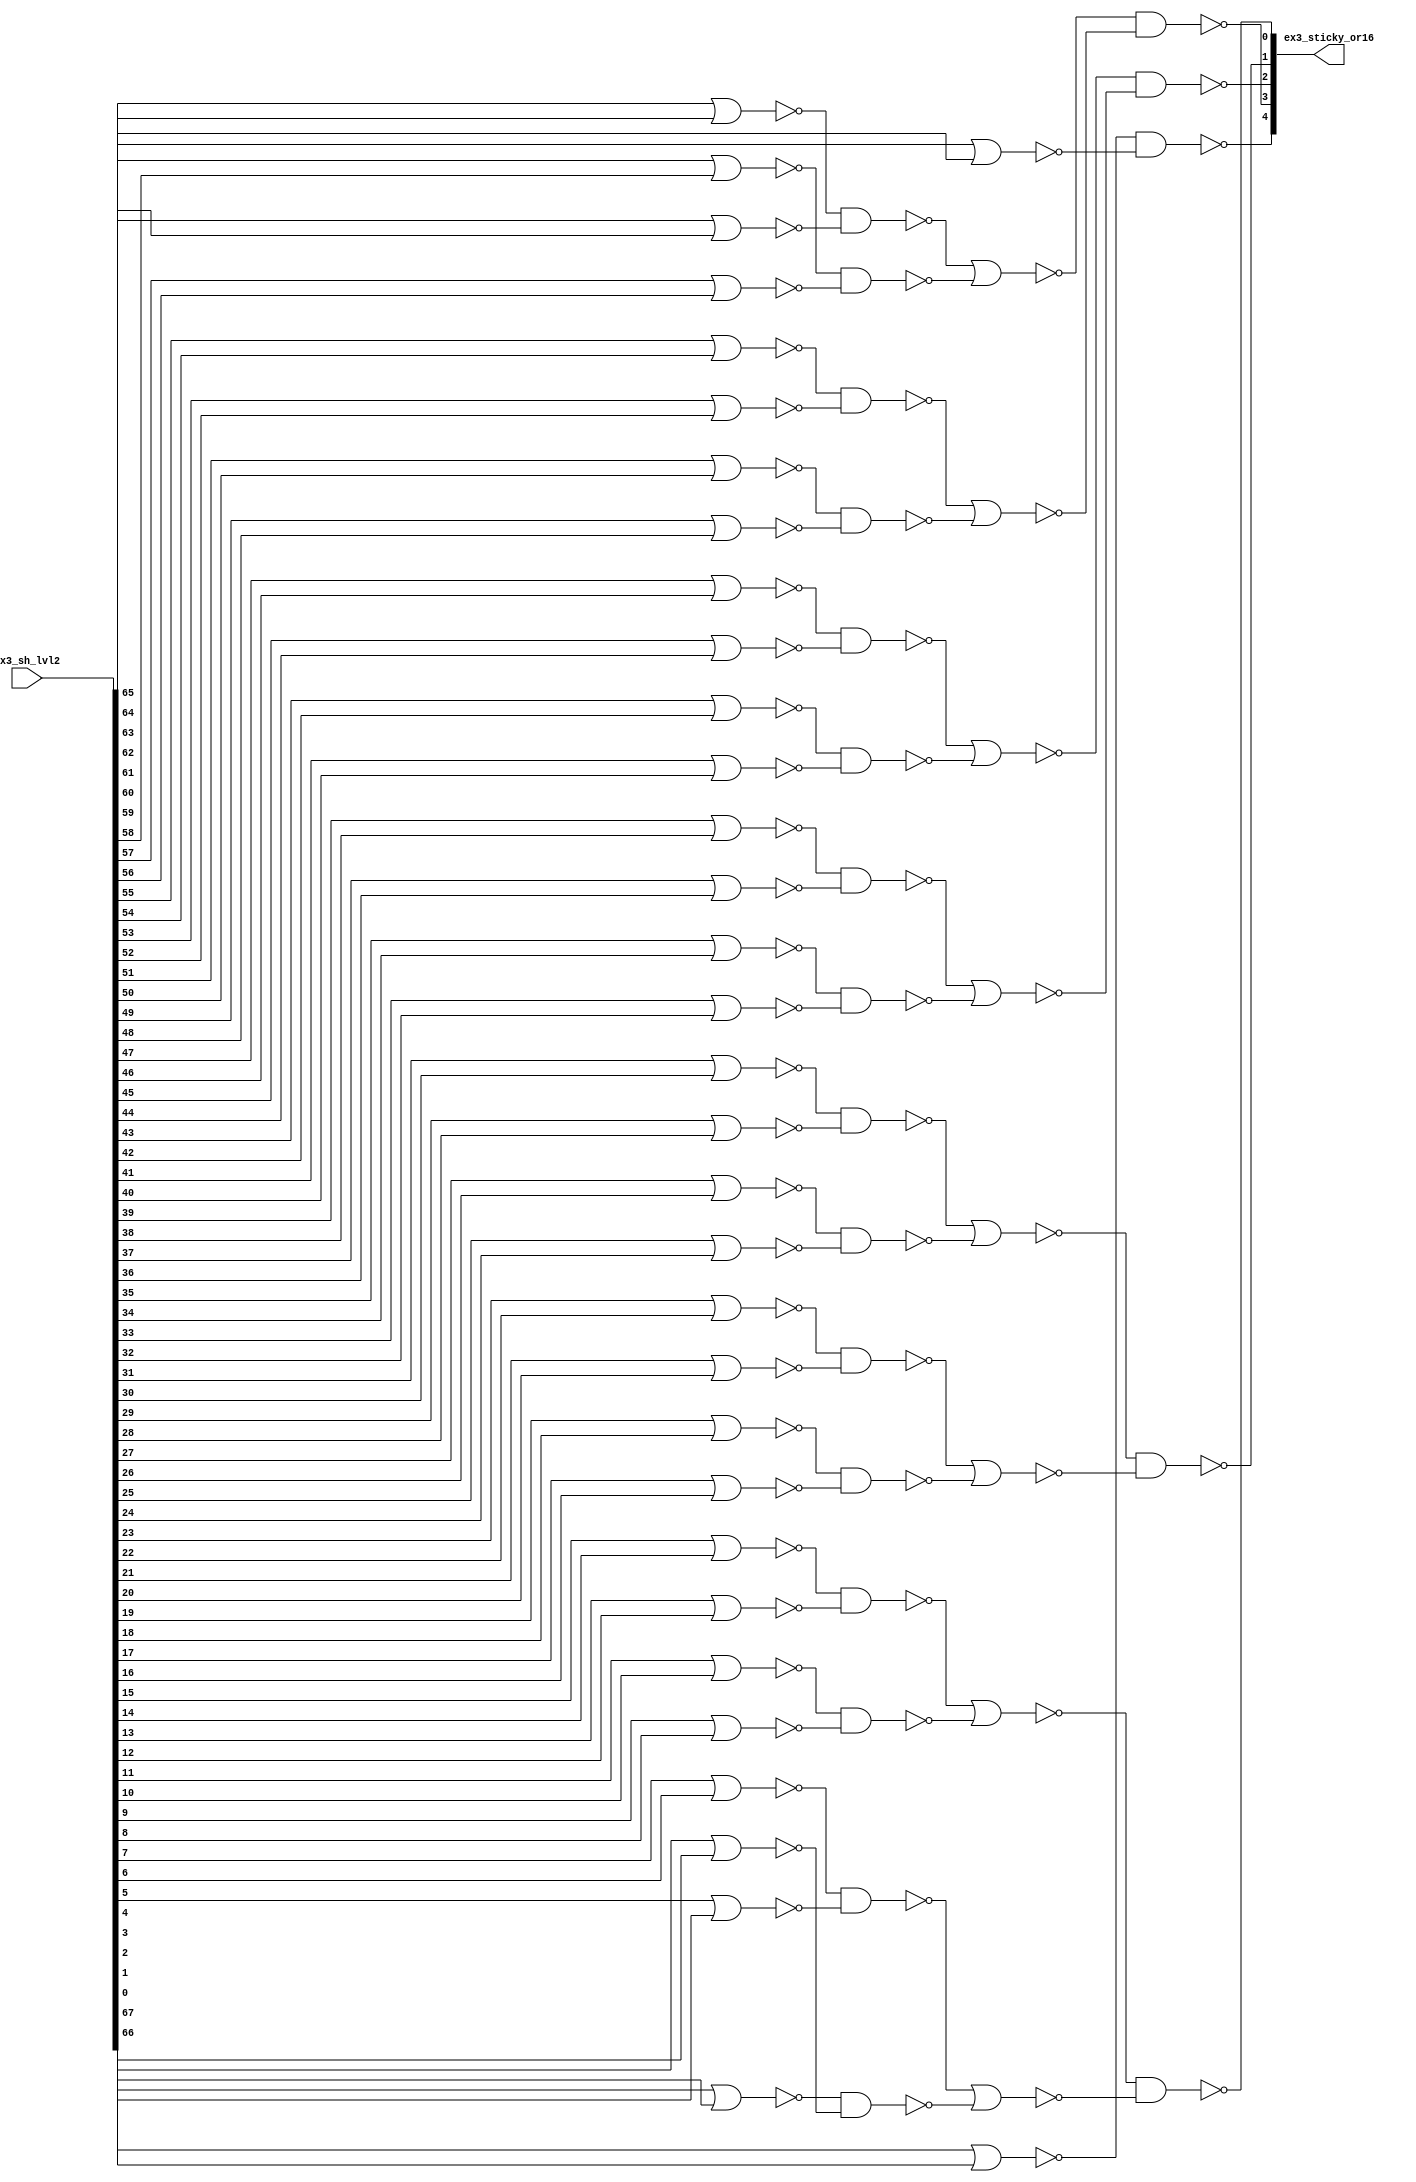
module fu_alg_or16(
   ex3_sh_lvl2,
   ex3_sticky_or16
);
   input [0:67] ex3_sh_lvl2;
   output [0:4] ex3_sticky_or16;

   // ENTITY


   parameter    tiup = 1'b1;
   parameter    tidn = 1'b0;
   wire [0:7]   ex3_g1o2_b;
   wire [0:7]   ex3_g2o2_b;
   wire [0:7]   ex3_g3o2_b;
   wire [0:7]   ex3_g4o2_b;
   wire [0:3]   ex3_g1o4;
   wire [0:3]   ex3_g2o4;
   wire [0:3]   ex3_g3o4;
   wire [0:3]   ex3_g4o4;
   wire [0:1]   ex3_g0o8_b;
   wire [0:1]   ex3_g1o8_b;
   wire [0:1]   ex3_g2o8_b;
   wire [0:1]   ex3_g3o8_b;
   wire [0:1]   ex3_g4o8_b;
   wire [0:4]   ex3_o16;
   wire [0:4]   ex3_o16_b;


   //----------------------------------------------------------
   // UnMapped original equations
   //----------------------------------------------------------
   //  ex3_sticky_or16(4) <=  OR( ex3_sh_lvl2[52:67] );
   //  ex3_sticky_or16(3) <=  OR( ex3_sh_lvl2[36:51] );
   //  ex3_sticky_or16(2) <=  OR( ex3_sh_lvl2[20:35] );
   //  ex3_sticky_or16(1) <=  OR( ex3_sh_lvl2[ 4:19] );
   //  ex3_sticky_or16(0) <=  OR( ex3_sh_lvl2[ 0: 3] );
   //---------------------------------------------------------
   assign ex3_g1o2_b[0] = (~(ex3_sh_lvl2[4] | ex3_sh_lvl2[5]));
   assign ex3_g1o2_b[1] = (~(ex3_sh_lvl2[6] | ex3_sh_lvl2[7]));
   assign ex3_g1o2_b[2] = (~(ex3_sh_lvl2[8] | ex3_sh_lvl2[9]));
   assign ex3_g1o2_b[3] = (~(ex3_sh_lvl2[10] | ex3_sh_lvl2[11]));
   assign ex3_g1o2_b[4] = (~(ex3_sh_lvl2[12] | ex3_sh_lvl2[13]));
   assign ex3_g1o2_b[5] = (~(ex3_sh_lvl2[14] | ex3_sh_lvl2[15]));
   assign ex3_g1o2_b[6] = (~(ex3_sh_lvl2[16] | ex3_sh_lvl2[17]));
   assign ex3_g1o2_b[7] = (~(ex3_sh_lvl2[18] | ex3_sh_lvl2[19]));

   assign ex3_g2o2_b[0] = (~(ex3_sh_lvl2[20] | ex3_sh_lvl2[21]));
   assign ex3_g2o2_b[1] = (~(ex3_sh_lvl2[22] | ex3_sh_lvl2[23]));
   assign ex3_g2o2_b[2] = (~(ex3_sh_lvl2[24] | ex3_sh_lvl2[25]));
   assign ex3_g2o2_b[3] = (~(ex3_sh_lvl2[26] | ex3_sh_lvl2[27]));
   assign ex3_g2o2_b[4] = (~(ex3_sh_lvl2[28] | ex3_sh_lvl2[29]));
   assign ex3_g2o2_b[5] = (~(ex3_sh_lvl2[30] | ex3_sh_lvl2[31]));
   assign ex3_g2o2_b[6] = (~(ex3_sh_lvl2[32] | ex3_sh_lvl2[33]));
   assign ex3_g2o2_b[7] = (~(ex3_sh_lvl2[34] | ex3_sh_lvl2[35]));

   assign ex3_g3o2_b[0] = (~(ex3_sh_lvl2[36] | ex3_sh_lvl2[37]));
   assign ex3_g3o2_b[1] = (~(ex3_sh_lvl2[38] | ex3_sh_lvl2[39]));
   assign ex3_g3o2_b[2] = (~(ex3_sh_lvl2[40] | ex3_sh_lvl2[41]));
   assign ex3_g3o2_b[3] = (~(ex3_sh_lvl2[42] | ex3_sh_lvl2[43]));
   assign ex3_g3o2_b[4] = (~(ex3_sh_lvl2[44] | ex3_sh_lvl2[45]));
   assign ex3_g3o2_b[5] = (~(ex3_sh_lvl2[46] | ex3_sh_lvl2[47]));
   assign ex3_g3o2_b[6] = (~(ex3_sh_lvl2[48] | ex3_sh_lvl2[49]));
   assign ex3_g3o2_b[7] = (~(ex3_sh_lvl2[50] | ex3_sh_lvl2[51]));

   assign ex3_g4o2_b[0] = (~(ex3_sh_lvl2[52] | ex3_sh_lvl2[53]));
   assign ex3_g4o2_b[1] = (~(ex3_sh_lvl2[54] | ex3_sh_lvl2[55]));
   assign ex3_g4o2_b[2] = (~(ex3_sh_lvl2[56] | ex3_sh_lvl2[57]));
   assign ex3_g4o2_b[3] = (~(ex3_sh_lvl2[58] | ex3_sh_lvl2[59]));
   assign ex3_g4o2_b[4] = (~(ex3_sh_lvl2[60] | ex3_sh_lvl2[61]));
   assign ex3_g4o2_b[5] = (~(ex3_sh_lvl2[62] | ex3_sh_lvl2[63]));
   assign ex3_g4o2_b[6] = (~(ex3_sh_lvl2[64] | ex3_sh_lvl2[65]));
   assign ex3_g4o2_b[7] = (~(ex3_sh_lvl2[66] | ex3_sh_lvl2[67]));

   //------------------------------------------

   assign ex3_g1o4[0] = (~(ex3_g1o2_b[0] & ex3_g1o2_b[1]));
   assign ex3_g1o4[1] = (~(ex3_g1o2_b[2] & ex3_g1o2_b[3]));
   assign ex3_g1o4[2] = (~(ex3_g1o2_b[4] & ex3_g1o2_b[5]));
   assign ex3_g1o4[3] = (~(ex3_g1o2_b[6] & ex3_g1o2_b[7]));

   assign ex3_g2o4[0] = (~(ex3_g2o2_b[0] & ex3_g2o2_b[1]));
   assign ex3_g2o4[1] = (~(ex3_g2o2_b[2] & ex3_g2o2_b[3]));
   assign ex3_g2o4[2] = (~(ex3_g2o2_b[4] & ex3_g2o2_b[5]));
   assign ex3_g2o4[3] = (~(ex3_g2o2_b[6] & ex3_g2o2_b[7]));

   assign ex3_g3o4[0] = (~(ex3_g3o2_b[0] & ex3_g3o2_b[1]));
   assign ex3_g3o4[1] = (~(ex3_g3o2_b[2] & ex3_g3o2_b[3]));
   assign ex3_g3o4[2] = (~(ex3_g3o2_b[4] & ex3_g3o2_b[5]));
   assign ex3_g3o4[3] = (~(ex3_g3o2_b[6] & ex3_g3o2_b[7]));

   assign ex3_g4o4[0] = (~(ex3_g4o2_b[0] & ex3_g4o2_b[1]));
   assign ex3_g4o4[1] = (~(ex3_g4o2_b[2] & ex3_g4o2_b[3]));
   assign ex3_g4o4[2] = (~(ex3_g4o2_b[4] & ex3_g4o2_b[5]));
   assign ex3_g4o4[3] = (~(ex3_g4o2_b[6] & ex3_g4o2_b[7]));

   //---------------------------------------------

   assign ex3_g0o8_b[0] = (~(ex3_sh_lvl2[0] | ex3_sh_lvl2[1]));
   assign ex3_g0o8_b[1] = (~(ex3_sh_lvl2[2] | ex3_sh_lvl2[3]));

   assign ex3_g1o8_b[0] = (~(ex3_g1o4[0] | ex3_g1o4[1]));
   assign ex3_g1o8_b[1] = (~(ex3_g1o4[2] | ex3_g1o4[3]));

   assign ex3_g2o8_b[0] = (~(ex3_g2o4[0] | ex3_g2o4[1]));
   assign ex3_g2o8_b[1] = (~(ex3_g2o4[2] | ex3_g2o4[3]));

   assign ex3_g3o8_b[0] = (~(ex3_g3o4[0] | ex3_g3o4[1]));
   assign ex3_g3o8_b[1] = (~(ex3_g3o4[2] | ex3_g3o4[3]));

   assign ex3_g4o8_b[0] = (~(ex3_g4o4[0] | ex3_g4o4[1]));
   assign ex3_g4o8_b[1] = (~(ex3_g4o4[2] | ex3_g4o4[3]));

   //------------------------------------------------

   assign ex3_o16[0] = (~(ex3_g0o8_b[0] & ex3_g0o8_b[1]));
   assign ex3_o16[1] = (~(ex3_g1o8_b[0] & ex3_g1o8_b[1]));
   assign ex3_o16[2] = (~(ex3_g2o8_b[0] & ex3_g2o8_b[1]));
   assign ex3_o16[3] = (~(ex3_g3o8_b[0] & ex3_g3o8_b[1]));
   assign ex3_o16[4] = (~(ex3_g4o8_b[0] & ex3_g4o8_b[1]));

   //------------------------------------------------

   assign ex3_o16_b[0] = (~(ex3_o16[0]));
   assign ex3_o16_b[1] = (~(ex3_o16[1]));
   assign ex3_o16_b[2] = (~(ex3_o16[2]));
   assign ex3_o16_b[3] = (~(ex3_o16[3]));
   assign ex3_o16_b[4] = (~(ex3_o16[4]));

   //------------------------------------------------

   assign ex3_sticky_or16[0] = (~(ex3_o16_b[0]));
   assign ex3_sticky_or16[1] = (~(ex3_o16_b[1]));
   assign ex3_sticky_or16[2] = (~(ex3_o16_b[2]));
   assign ex3_sticky_or16[3] = (~(ex3_o16_b[3]));
   assign ex3_sticky_or16[4] = (~(ex3_o16_b[4]));


endmodule